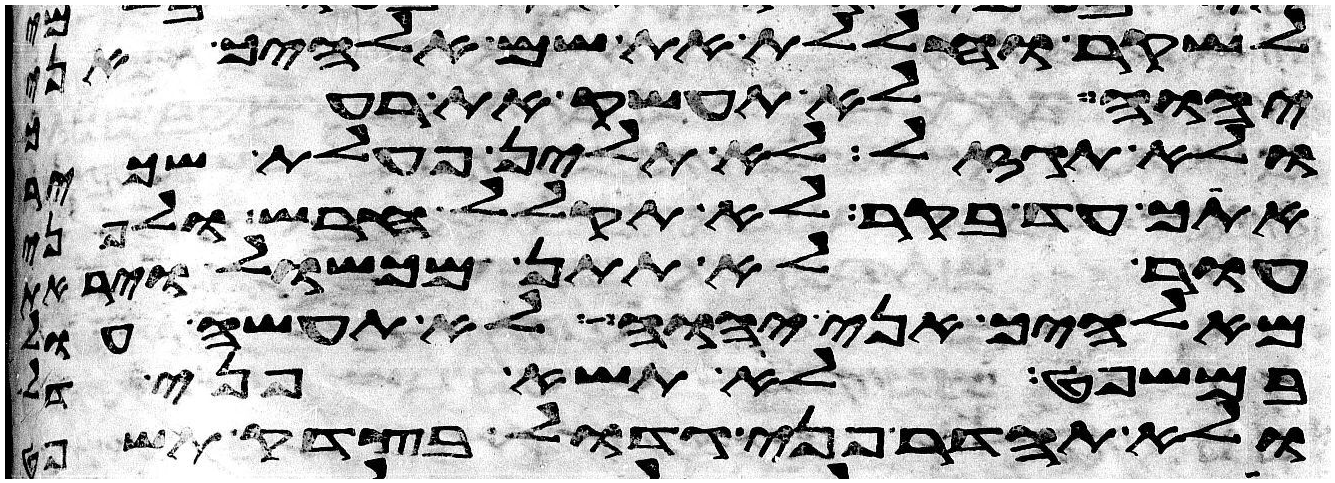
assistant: לשקר וחללת את שם אלהיך אני
יהוה לא תעשק את רעך
ולא תגזל לא תלין פעלת שכיר
אתך עד בקר לא תקלל חרש ולפני
עור לא תתן מכשול ויראת
מאלהיך אני יהוה לא תעשה עול
במשפט לא תשא פני דל
ולא תהדר פני גדול בצדק תשפט